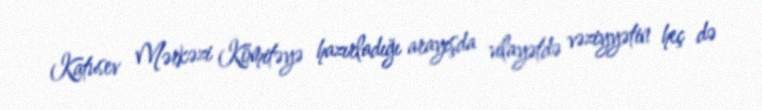
Katusev Mərkəzi Komitəyə hazırladığı arayışda vilayətdə vəziyyətin heç də